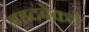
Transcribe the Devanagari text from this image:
महदंबेकडे